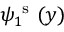
{ \psi } _ { 1 } ^ { \mathrm { ~ s ~ } } ( y )